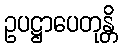
ဥပဋ္ဌာပေတုန္တိ